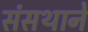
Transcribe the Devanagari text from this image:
संसथाने